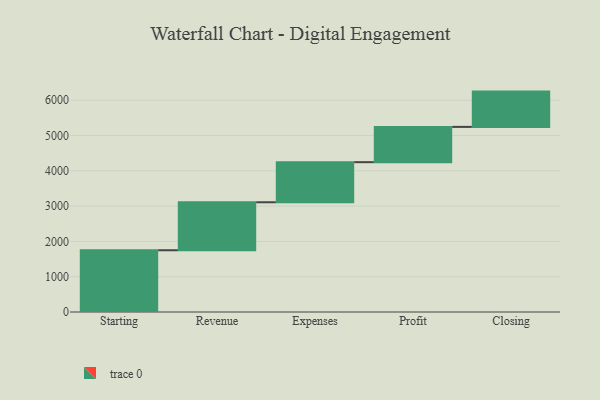
{"axis": {"x": "Step", "y": "Value"}, "legend": [""], "data": [{"x": "Starting", "y": 1750.0, "type": ""}, {"x": "Revenue", "y": 1360.0, "type": ""}, {"x": "Expenses", "y": 1136.0, "type": ""}, {"x": "Profit", "y": 1000, "type": ""}, {"x": "Closing", "y": 1000, "type": ""}]}